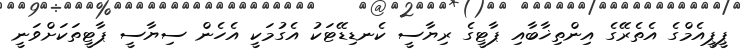
ޕީޕީއެމްގެ އެތެރޭގެ އިންތިޚާބާއި ޕާޓީގެ ރިޔާސީ ކެނޑިޑޭޓަކު އެގުމަކީ އެހެން ސިޔާސީ ޕާޓީތަކަށްވަނީ